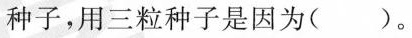
种子，用三粒种子是因为()。